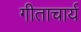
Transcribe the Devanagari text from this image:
गीताचार्य